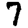
Digit: 7